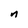
Character: n